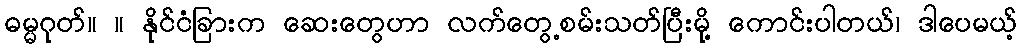
ဓမ္မဂုတ်။ ။ နိုင်ငံခြားက ဆေးတွေဟာ လက်တွေ့စမ်းသတ်ပြီးမို့ ကောင်းပါတယ်၊ ဒါပေမယ့်